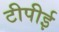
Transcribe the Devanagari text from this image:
टीपीई